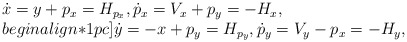
\begin{align*}\begin{array}{l}\displaystyle \dot x= y+ p_x = H_{p_x}, \dot p_x= V_x+ p_y= -H_x ,\\begin{align*}1pc]\displaystyle \dot y= -x+ p_y= H_{p_y}, \dot p_y= V_y- p_x= -H_y,\end{array}\end{align*}